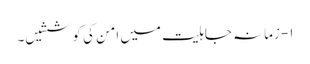
۱- زمانہ جاہلیت میں امن کی کوششیں۔